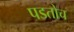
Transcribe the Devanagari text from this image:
पडतोच